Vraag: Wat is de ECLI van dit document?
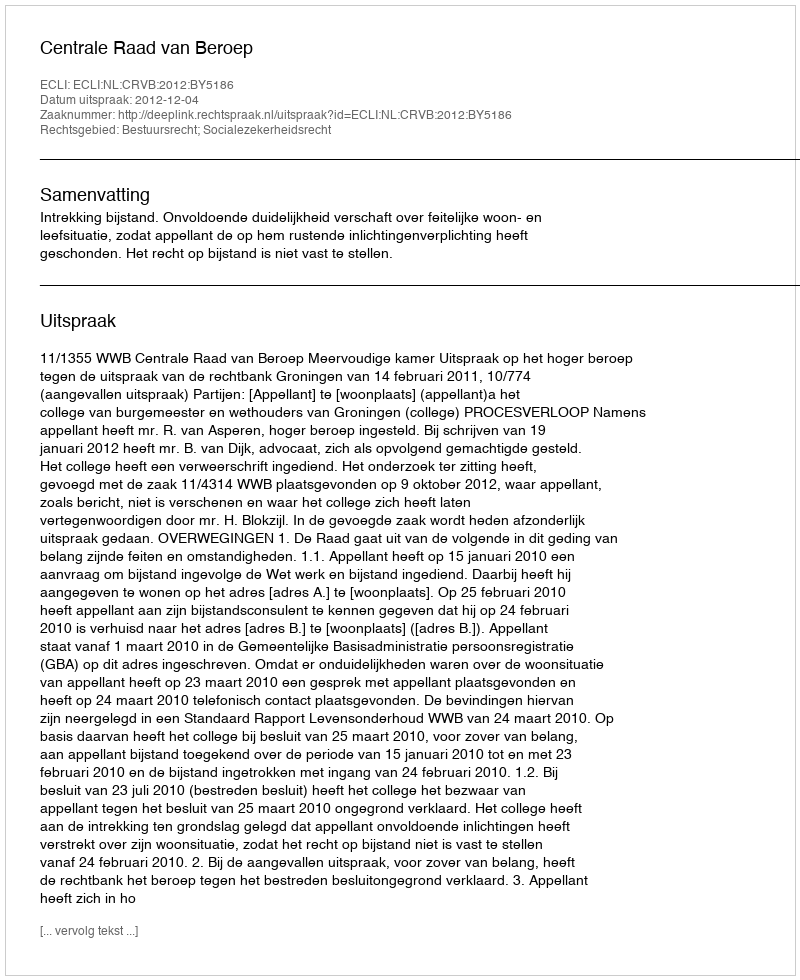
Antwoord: ECLI:NL:CRVB:2012:BY5186